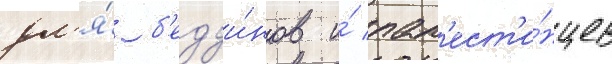
дл'я́ б'едуи́нов и́ пал'ест'и́нцев